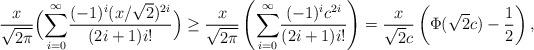
LaTeX: \begin{align*}\frac{x}{\sqrt{2 \pi}} \Big(\underset{i=0}{\overset{\infty}{\sum}} \frac{(-1)^i ( x/\sqrt{2})^{2i} }{(2i+1) i!} \Big)\geq\frac{x}{\sqrt{2 \pi}} \left(\underset{i=0}{\overset{\infty}{\sum}} \frac{(-1)^i c^{2i} }{(2i+1) i!} \right) &= \frac{ x}{\sqrt{2}c} \left( \Phi(\sqrt{2}c) - \frac{1}{2}\right), \end{align*}